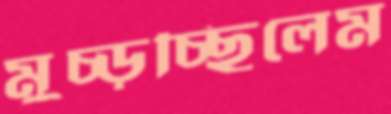
মুচ্‌ড়চ্ছিলেম